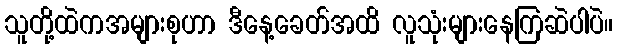
သူတို့ထဲကအများစုဟာ ဒီနေ့ခေတ်အထိ လူသုံးများနေကြဆဲပါပဲ။